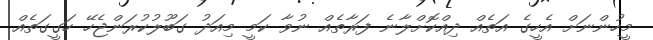
މީހުންނަށް އެހީގެ އަތެއް ދިއްކޮށްލާނެ ފަރާތެއް ނުވާ ކަމީ މިއަދު ގަބޫލުކުރަންޖެހޭ ހަގީގަތެއް